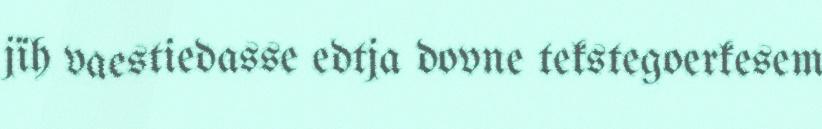
jïh vaestiedasse edtja dovne tekstegoerkesem